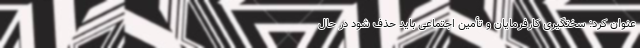
عنوان کرد: سختگیری کارفرمایان و تأمین اجتماعی باید حذف شود در حال